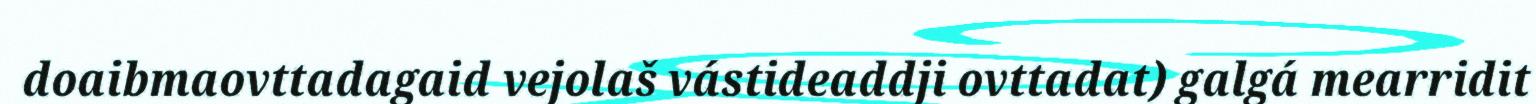
doaibmaovttadagaid vejolaš vástideaddji ovttadat) galgá mearridit